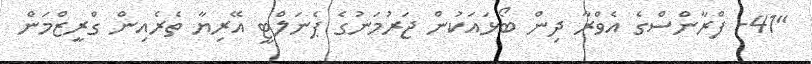
"41- ފްރާންސްގެ އެވްރާ ދިން ބޯޅައަކުން ޖަރުމަނުގެ ޕެނަލްޓީ އޭރިޔާ ތެރެއިން ގްރީޒްމަން